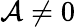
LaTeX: \mathcal{A}\ne0